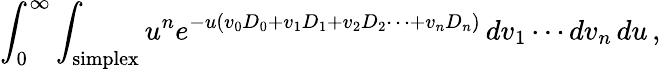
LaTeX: \int_{0}^{\infty}\int_{\mathrm{simplex}}u^{n}e^{-u\left(v_{0}D_{0}+v_{1}D_{1}+v_{2}D_{2}\cdots+v_{n}D_{n}\right)}\, dv_{1}\cdots dv_{n}\, du\, ,